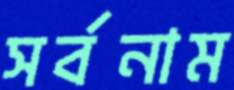
সর্বনাম